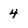
Character: 4